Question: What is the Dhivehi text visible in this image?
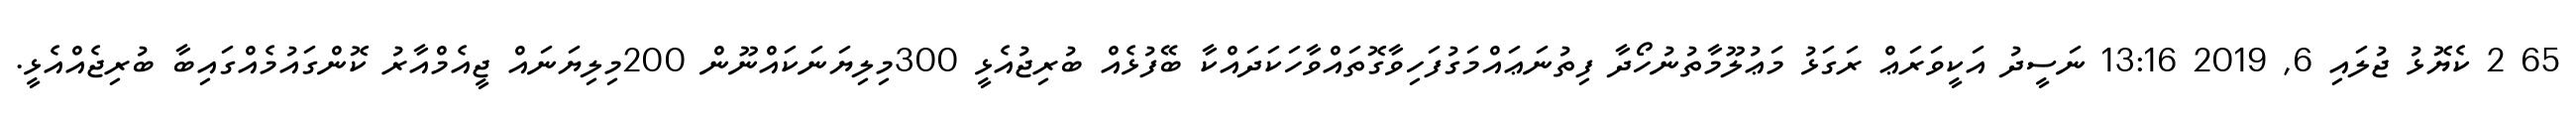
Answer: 65 2 ކެޔޮޅު ޖުލައި 6, 2019 13:16 ނަސީދު އަކީވަރަޢް ރަގަޅު މަޢުލޫމާތުނުހޯދާ ފިތުނަޢައްމަގުފަހިވާގޮތައްވާހަކަދައްކާ ބޭފުޅެއް ބުރިޖުއެޅީ 300މިލިޔަނަކައްނޫން 200މިލިޔަނައް ޖީއެމްއާރު ކޮންގައުމެއްގައިބާ ބުރިޖެއްއެޅީ.